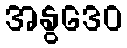
အနွဒေဝ